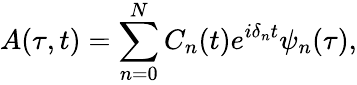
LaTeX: A(\tau,t)=\sum_{n=0}^{N}C_{n}(t)e^{i\delta_{n}t}{\psi}_{n}(\tau),